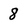
Character: 8